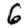
Digit: 6